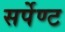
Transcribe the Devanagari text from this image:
सर्पेण्ट